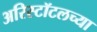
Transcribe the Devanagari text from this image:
अरिस्टॉटलच्या